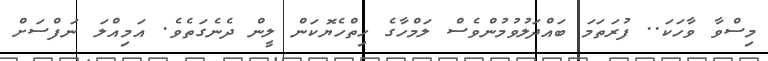
މިސްވާ ވާހަކަ.. ފުރަތަމަ ބައްދަލުވުމުންވެސް ލަމްހާގެ ހިތްހެޔޮކަން ލީން ދެނެގަތެވެ. އަމިއްލަ ނަފްސަށް